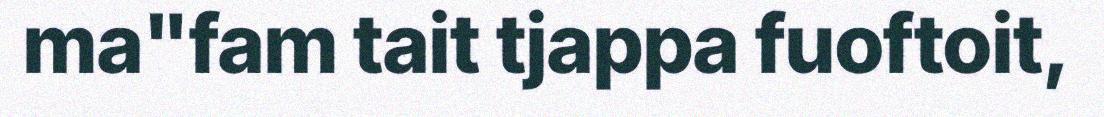
ma"fam tait tjappa fuoftoit,